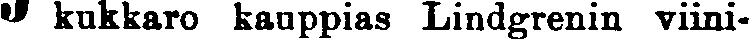
# kukkaro kauppias Lindgrenin viini-